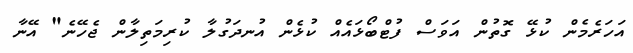
އަހަރެމެން ކުޅޭ ގޮތުން އަވަސް ފުޓްބޯޅައެއް ކުޅެން އުނދަގުލާ ކުރިމަތިލާން ޖެހޭނެ" އޭނާ